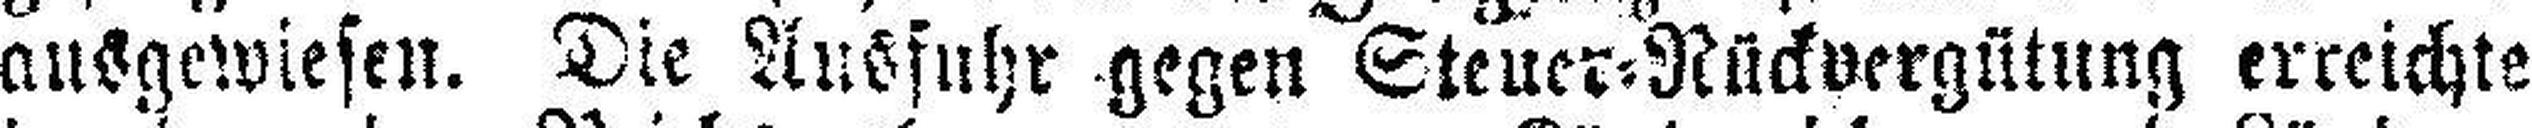
ausgewiesen. Die Ausfuhr gegen Steuer=Rückvergütung erreichte